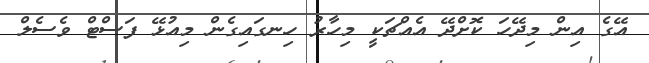
އޭގެ އިން މިދޭހަ ކޮށްދޭ އެއްޗަކީ މިހާރު ހިނގައިގެން މިއުޅޭ ފަސްޓް ވެސެލް